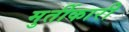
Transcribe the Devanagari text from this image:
मुर्तीकारी